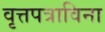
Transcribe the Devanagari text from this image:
वृत्तपत्राविना